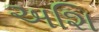
અશિ